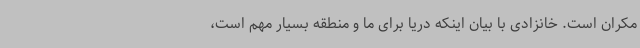
مکران است. خانزادی با بیان اینکه دریا برای ما و منطقه بسیار مهم است،